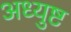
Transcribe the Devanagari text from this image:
अध्युष्ट